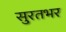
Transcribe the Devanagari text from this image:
सुरतभर